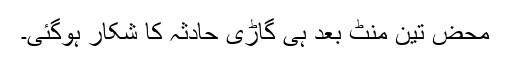
محض تین منٹ بعد ہی گاڑی حادثہ کا شکار ہوگئی۔